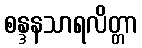
စန္ဒနသာရလိတ္တာ